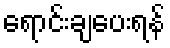
ရောင်းချပေးရန်